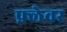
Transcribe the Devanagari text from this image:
फ़्लेवर